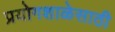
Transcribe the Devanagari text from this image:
प्रयोगशाळेसाठी